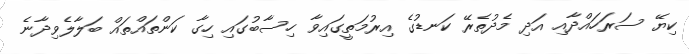
ކިޔޭ ސަރަހައްދާއި އަދި މެދުތެރޭ ކަނޑުގެ އިރުމަތީގައިވާ ހިސާބުގައި ހިގާ ކަންތައްތައް ބަލާލެވިދާނެ